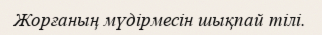
Жорғаның мүдірмесін шықпай тілі.